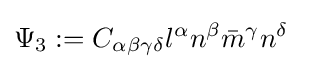
\Psi _{3}:=C_{\alpha \beta \gamma \delta }l^{\alpha }n^{\beta }{\bar {m}}^{\gamma }n^{\delta }\